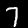
Label: 7